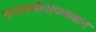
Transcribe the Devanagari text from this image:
नारायणीयोपाख्यान